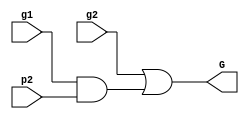
`timescale 1ns / 1ps
//////////////////////////////////////////////////////////////////////////////////
// Company: 
// Engineer: 
// 
// Design Name: 
// Module Name:    GrayCell 
// Project Name: 
// Target Devices: 
// Tool versions: 
// Description: 
//
// Dependencies: 
//
// Revision: 
// Revision 0.01 - File Created
// Additional Comments: 
//
//////////////////////////////////////////////////////////////////////////////////
module GrayCell(g2,p2,g1,G);

input  g1,g2,p2;
output G ;
assign G = g2 | (g1&p2);

endmodule